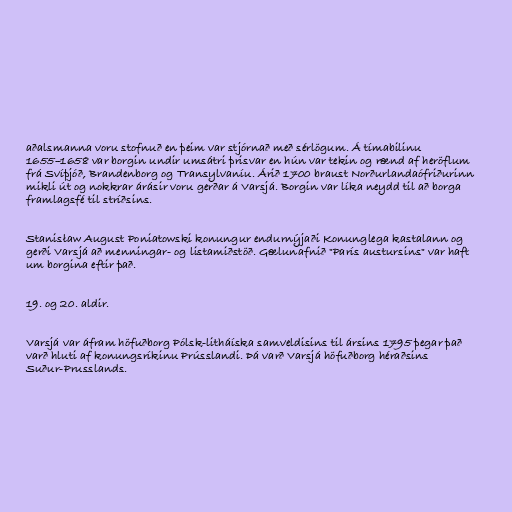
aðalsmanna voru stofnuð en þeim var stjórnað með sérlögum. Á tímabilinu
1655–1658 var borgin undir umsátri þrisvar en hún var tekin og rænd af heröflum
frá Svíþjóð, Brandenborg og Transylvaníu. Árið 1700 braust Norðurlandaófriðurinn
mikli út og nokkrar árásir voru gerðar á Varsjá. Borgin var líka neydd til að borga
framlagsfé til stríðsins.

Stanisław August Poniatowski konungur endurnýjaði Konunglega kastalann og
gerði Varsjá að menningar- og listamiðstöð. Gælunafnið "París austursins" var haft
um borgina eftir það.

19. og 20. aldir.

Varsjá var áfram höfuðborg Pólsk-litháíska samveldisins til ársins 1795 þegar það
varð hluti af konungsríkinu Prússlandi. Þá varð Varsjá höfuðborg héraðsins
Suður-Prusslands.